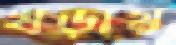
খড়ায়